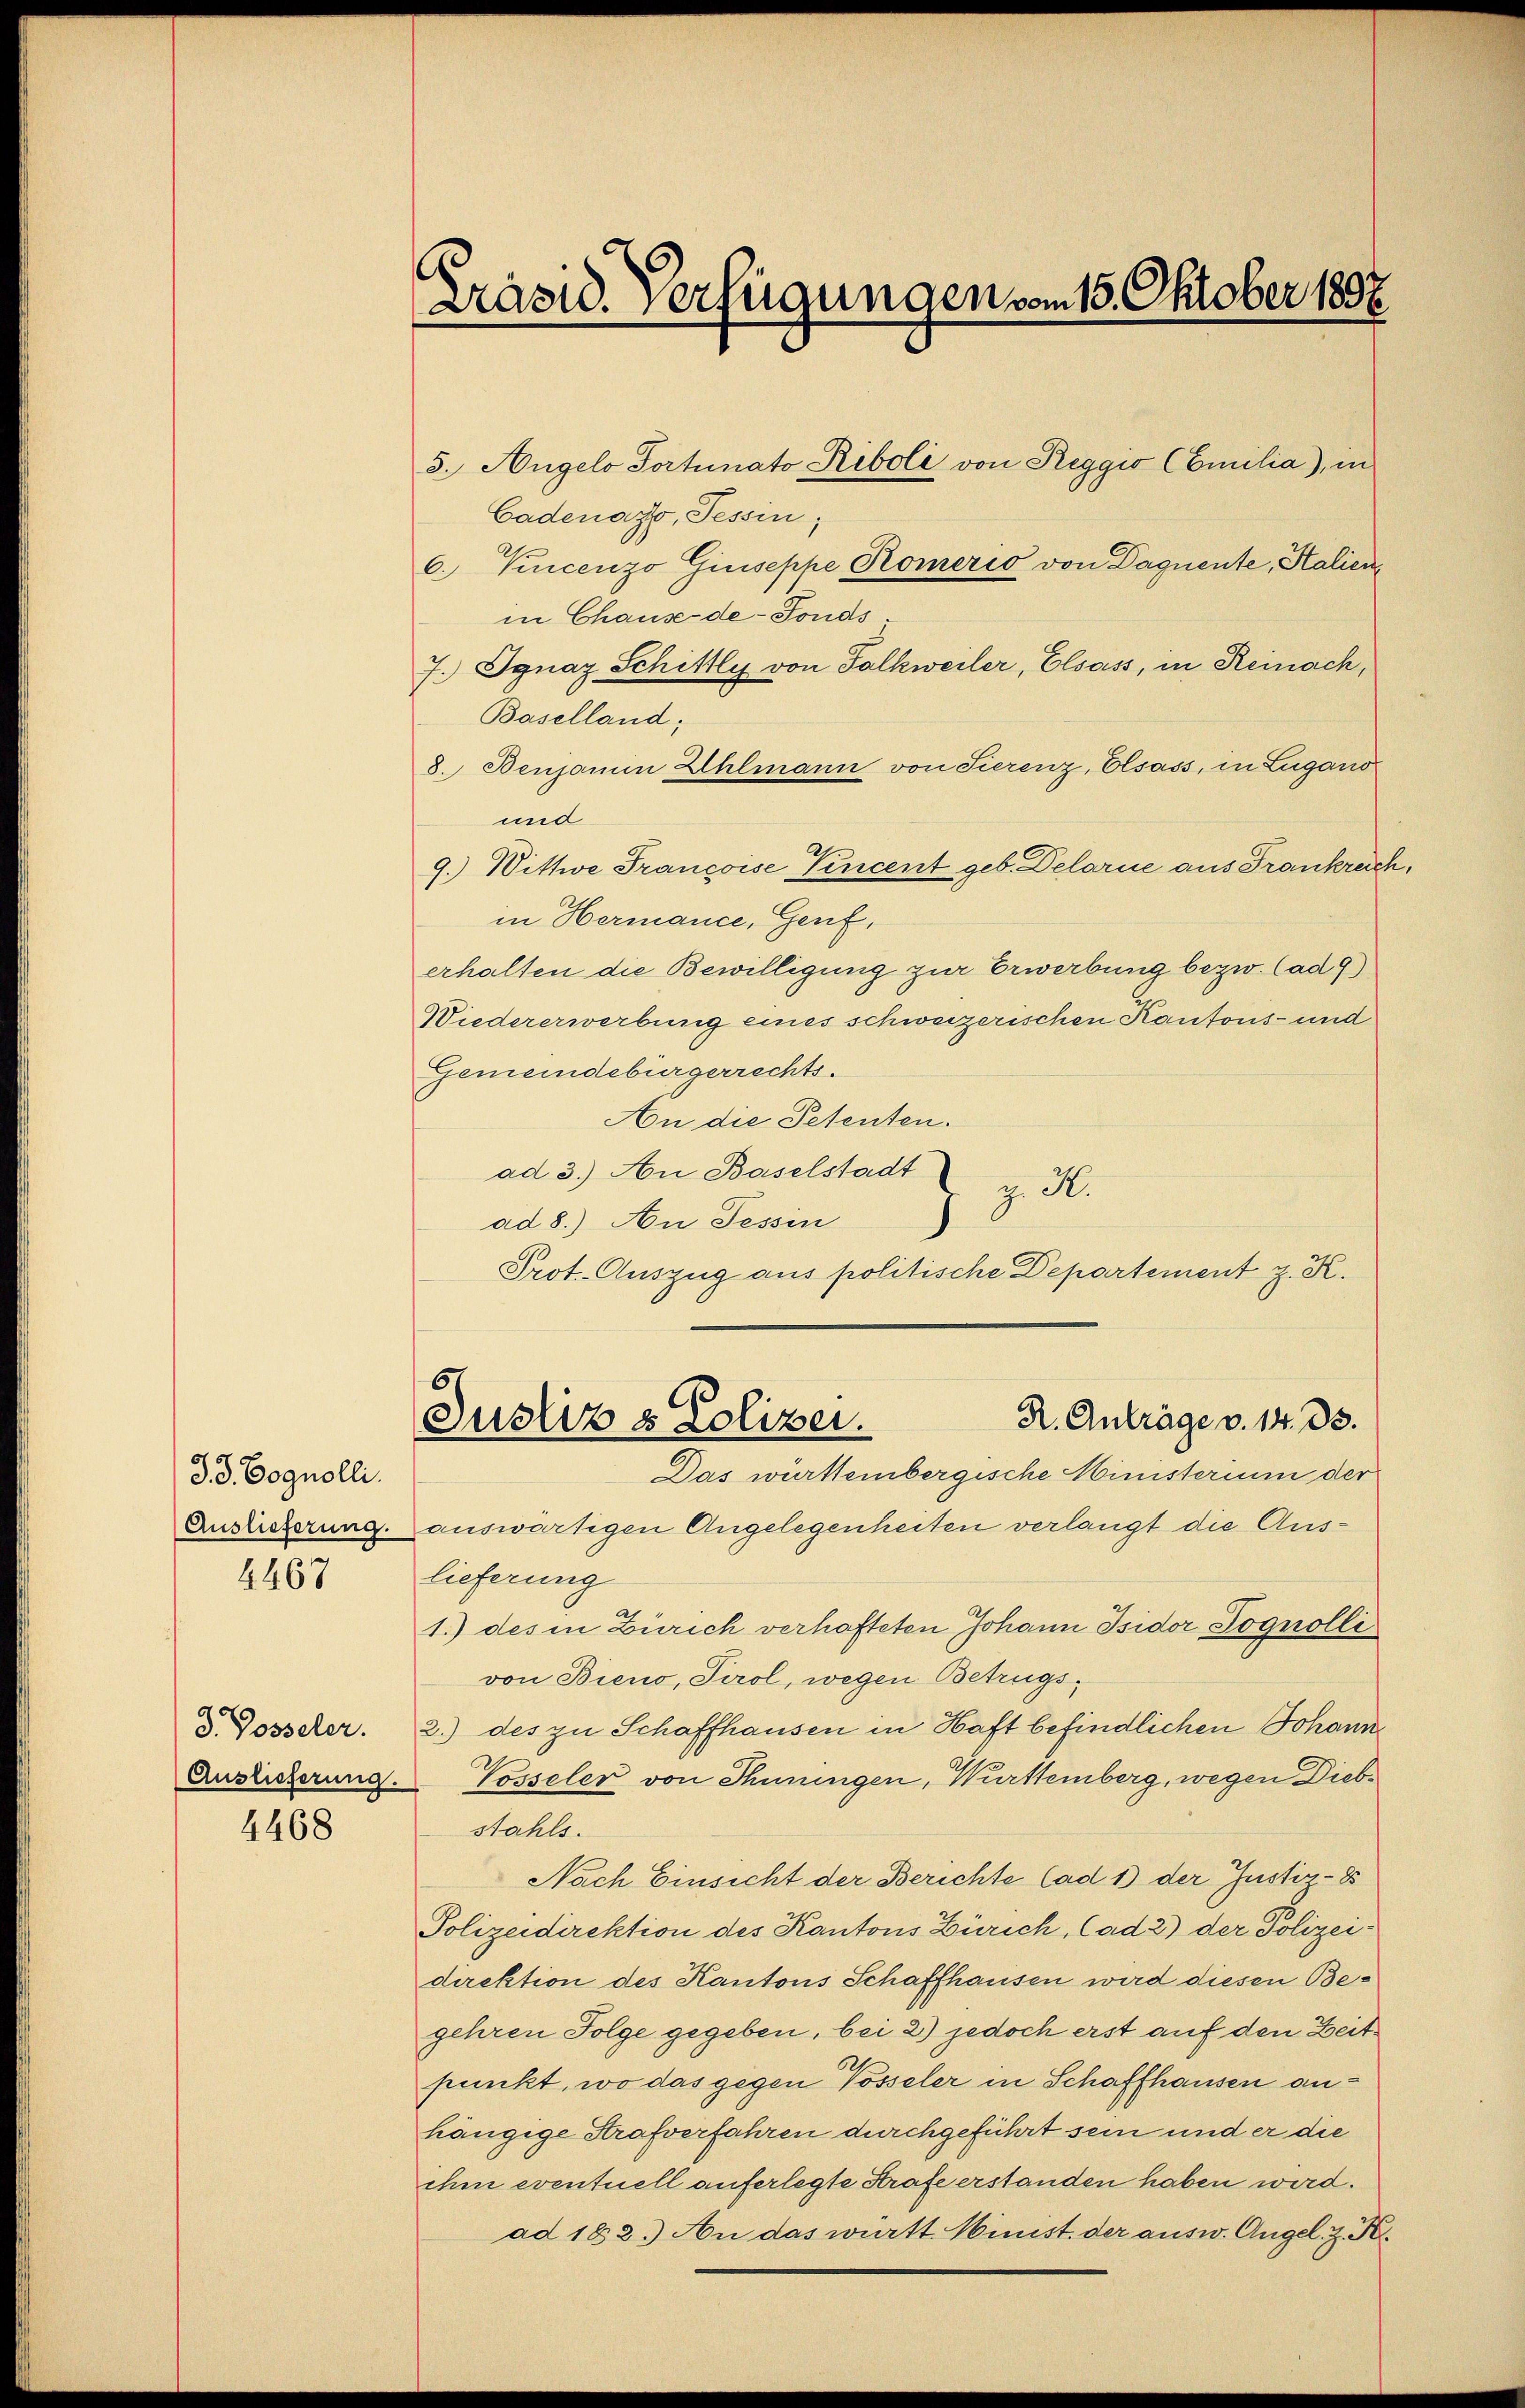
3. d. Dognolli.
Auslieferung.
4467

d. Posseler.
Auslieferung.
4468

Präsid. Verfügungen vom 15. Oktober 1897

Cadenazo, Tessin;
6. Venicenzo Giuseppe Römerio von Daquente, Salien
in Chaux-de-Fonds
7. Ignaz Schittly von Falkweiler, Elsass, in Reinach,
Baselland;
8. Benjamin Uhlmann von Tierenz, Elsass, in Lugano
und
9.) Wittwe Francoise Vincent geb. Delarne aus Frankreich,
in Hermance, Genf,
erhalten die Bewilligung zur Erwerbung bezw. (ad 9)
Wiedererwerbung eines schweizerischen Kantons- und
Gemeindebürgerrechts.
An die Petenten.
ad 3.) An Baselstadt
z. R.
ad 8.) An Tessin
Prot. Auszug aus politische Departement z. K.

auswärtigen Angelegenheiten verlangt die Auslieferung
1.) des in Zürich verhafteten Johann Isidor Pognolli
von Bieno, Tirol, wegen Betrugs¬
2.) des zu Schaffhausen in Haft befindlichen Johann
Vosseler von Thuningen, Württemberg, wegen Diebstahls.
Nach Einsicht der Berichte (ad 1) der Justiz-8
Polizeidirektion des Kantons Zürich, Cad 2) der Polizeidirektion des Kantons Schaffhausen wird diesen Begehren Folge gegeben, bei 2) jedoch erst auf den Zeitpunkt, wo das gegen Posseler in Schaffhausen anhängige Strafverfahren durchgeführt sein und er die
ihm eventuell auferlegte Strafe erstanden haben wird.
ad 182.) An das württ. Minist der ausw. Angel. z. K.

5. Angelo Portunato Riboli von Reggio (Emilia), in

5)
R. Anträge v. 14. ds.
Justiz & Polizei.
Das württembergische Ministerium der